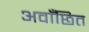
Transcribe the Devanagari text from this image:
अवाँछित